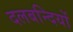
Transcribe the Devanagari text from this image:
दलबन्दियों